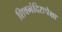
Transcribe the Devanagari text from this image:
शिवमंदिरापेक्षा